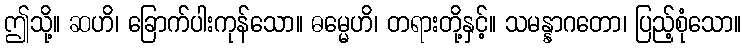
ဤသို့။ ဆဟိ၊ ခြောက်ပါးကုန်သော။ ဓမ္မေဟိ၊ တရားတို့နှင့်။ သမန္နာဂတော၊ ပြည့်စုံသော။